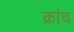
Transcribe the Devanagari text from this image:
क्रांच